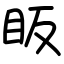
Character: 眅